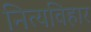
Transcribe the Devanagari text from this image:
नित्यविहार